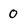
Character: 0